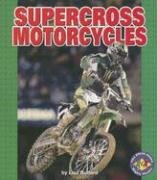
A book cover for Supercross Motorcylces (Pull Ahead Books); Lisa Bullard; Children's Books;